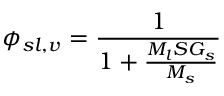
\phi _ { s l , v } = { \frac { 1 } { 1 + { \frac { M _ { l } S G _ { s } } { M _ { s } } } } }